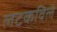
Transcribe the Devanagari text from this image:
लटकविले